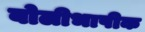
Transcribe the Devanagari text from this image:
बोलीभाषीक